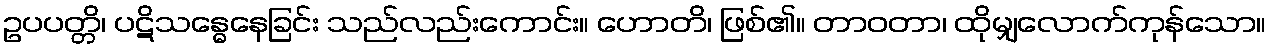
ဥပပတ္တိ၊ ပဋိသန္ဓေနေခြင်း သည်လည်းကောင်း။ ဟောတိ၊ ဖြစ်၏။ တာဝတာ၊ ထိုမျှလောက်ကုန်သော။